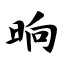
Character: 晌